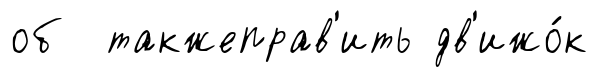
об такжеправ'ить дв'ижо́к